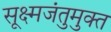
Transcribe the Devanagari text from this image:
सूक्ष्मजंतुमुक्त